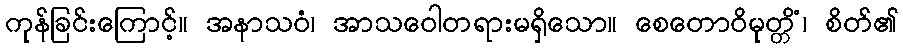
ကုန်ခြင်းကြောင့်။ အနာသဝံ၊ အာသဝေါတရားမရှိသော။ စေတောဝိမုတ္တိံ၊ စိတ်၏